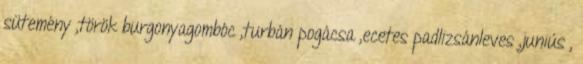
sütemény ,török burgonyagombóc ,turbán pogácsa ,ecetes padlizsánleves ,juniús ,